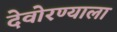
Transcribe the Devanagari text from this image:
देवोरण्याला